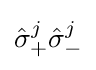
{\hat {\sigma }}_{+}^{j}{\hat {\sigma }}_{-}^{j}